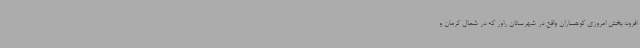
افزود: بخش امروزی کوهساران واقع در شهرستان راور که در شمال کرمان و